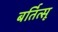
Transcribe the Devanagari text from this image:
बर्तित्सू